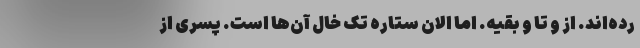
رده‌اند. از و تا و بقیه. اما الان ستاره تک خال آن‌ها است. پسری از